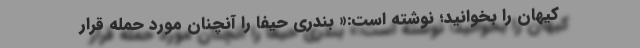
کیهان را بخوانید؛ نوشته است:« بندری حیفا را آنچنان مورد حمله قرار